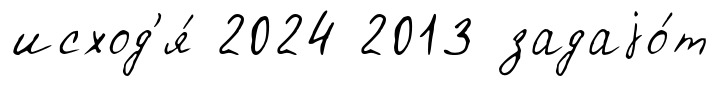
исход'я́ 2024 2013 задаjо́т